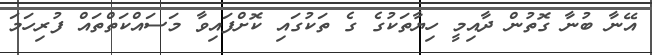
އޭނާ ބުނާ ގޮތުން ދާއިމީ ހިޔާތަކުގެ ގެ ތަކުގައި ކޮށްފައިވާ މަސައްކަތްތައް ފުރިހަމަ